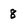
Character: 8